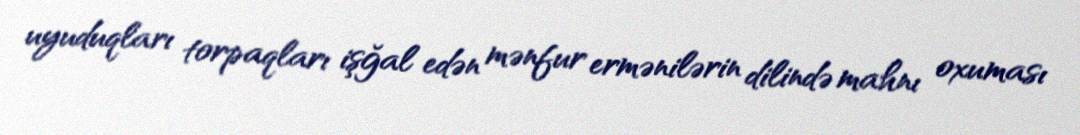
uyuduqları torpaqları işğal edən mənfur ermənilərin dilində mahnı oxuması